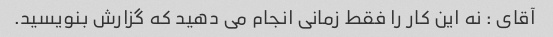
آقای : نه این کار را فقط زمانی انجام می دهید که گزارش بنویسید.